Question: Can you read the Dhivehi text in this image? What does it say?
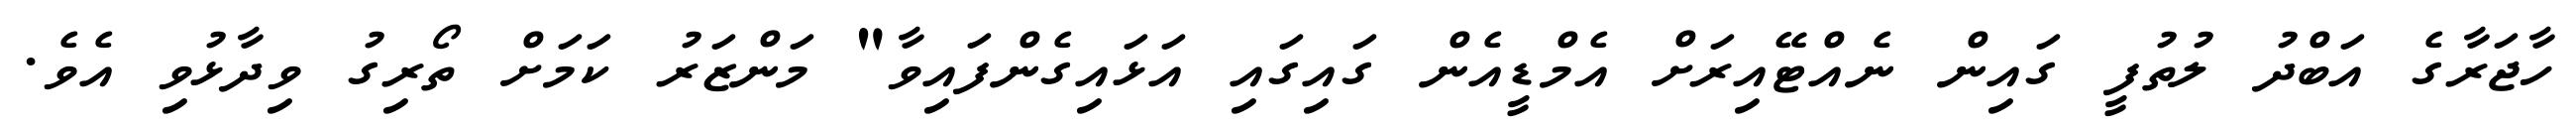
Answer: ހާޖަރާގެ އަބްދު ލުތުފީ ގައިން ނެއްޓޭއިރަށް އެމްޑީއެން ގައިގައި އަޅައިގެންފައިވާ" މަންޒަރު ކަމަށް ތޯރިގު ވިދާޅުވި އެވެ.